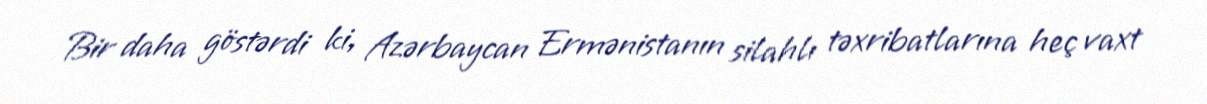
Bir daha göstərdi ki, Azərbaycan Ermənistanın silahlı təxribatlarına heç vaxt